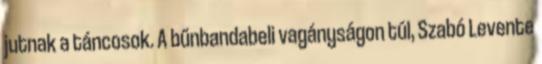
jutnak a táncosok. A bűnbandabeli vagányságon túl, Szabó Levente